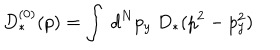
D _ { * } ^ { ( 0 ) } ( p ) = \int ~ d ^ { N } p _ { y } ~ D _ { * } ( p ^ { 2 } - p _ { y } ^ { 2 } )